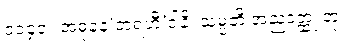
၁၁၄၀။ အဓုနေ’တရဟီ’ဒါနိ၊ သမ္ပတိ အညဒတ္ထု တု။